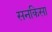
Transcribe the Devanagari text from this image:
सनकिसा